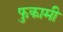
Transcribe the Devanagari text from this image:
फुकामी